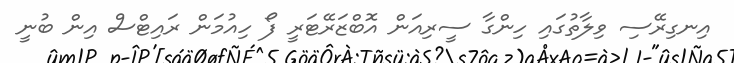
އިނގިރޭސި ވިލާތުގައި ހިންގާ ސީރިއަން އޮބްޒަރޭޓަރީ ފޯ ހިއުމަން ރައިޓްސް އިން ބުނީ